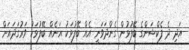
އަދި ދެ ފެކްޝަންގެ ބޭފުޅުން ގެންދަވަނީ އެއް ބޭފުޅަކު އަނެއް ބޭފުޅަކު ވަރުގަދައަށް